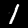
Digit: 1